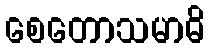
စေတောသမာဓိ